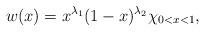
LaTeX: \begin{align*}w(x) = x^{\lambda_1} (1 - x)^{\lambda_2} \chi_{0 < x < 1},\end{align*}